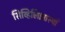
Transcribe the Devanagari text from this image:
सिव्हिलिझास्याँ